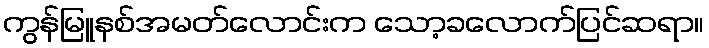
ကွန်မြူနစ်အမတ်လောင်းက သော့ခလောက်ပြင်ဆရာ။